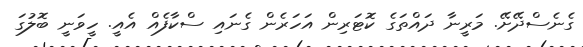
ގެނެސްދޭށޭ. މަރީނާ ދައްތަގެ ކޮޓަރިން އަހަރެން ގެނައި ސްކާފެއް އެއީ. ހީވަނީ ބޮލުގަ